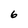
Character: 6